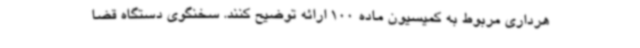
هرداری مربوط به کمیسیون ماده 100 ارائه توضیح کنند. سخنگوی دستگاه قضا